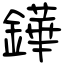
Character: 鏵